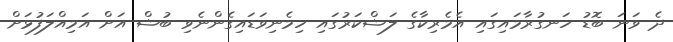
ދެ ވަނަ ބޮޑު ހަނގުރާމައިގައި އެމެރިކާގެ ލަޝްކަރުގައި ހިމެނިވަޑައިގެންނެވި ބުޝް އަށް އަމިއްލަފުޅަށް